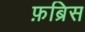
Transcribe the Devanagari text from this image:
फ़ब्रिस